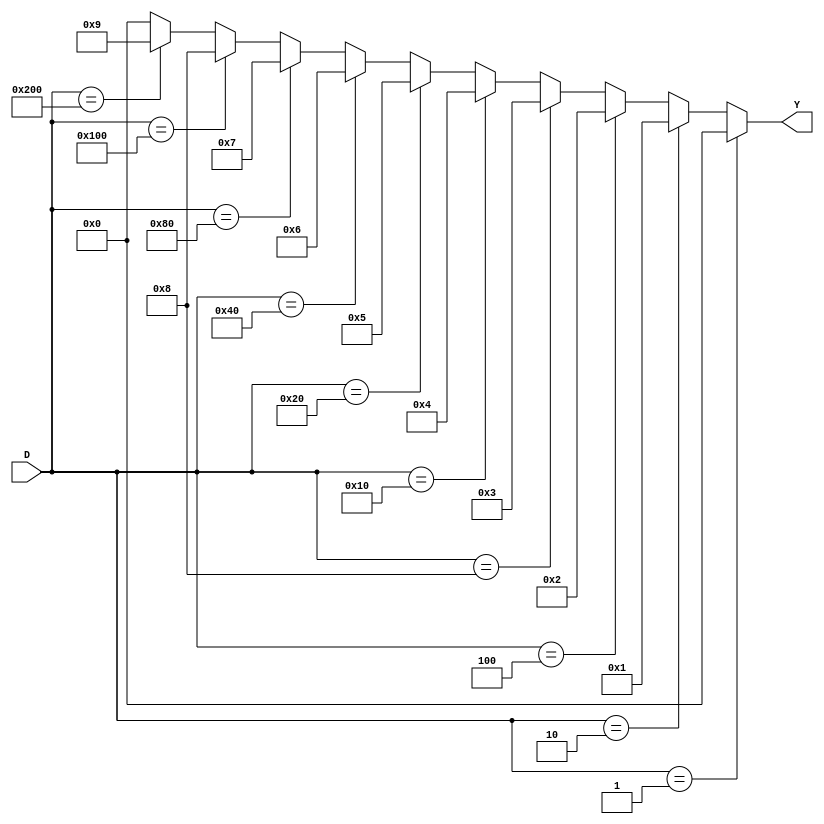
module  decimal_to_BCD_gold(D,Y);
input [9:0]D;
output [3:0]Y;
assign Y = (D==10'b0000000001)? 4'b0000 : 
(D== 10'b0000000010)?4'b0001:
(D==10'b0000000100)?4'b0010:
(D==10'b0000001000)?4'b0011:
(D==10'b0000010000)?4'b0100:
(D==10'b0000100000)?4'b0101:
(D==10'b0001000000)?4'b0110:
(D==10'b0010000000)?4'b0111:
(D==10'b0100000000)?4'b1000:
(D==10'b1000000000)?4'b1001:
4'b0000;
endmodule